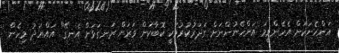
އަންހެނަކަށް އެހެންވީމަ އަންހެނުންނަށް ގަދަރުކުރުމަކީ ކޮބާކަން ވަރަށް ރަނގަޅަށް އެނގޭ" އައްޔަދު މިހެން